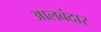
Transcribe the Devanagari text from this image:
आलबंदार